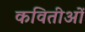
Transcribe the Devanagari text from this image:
कवितीओं